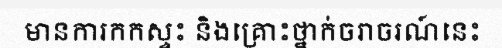
មានការកកស្ទះ និងគ្រោះថ្នាក់ចរាចរណ៍នេះ